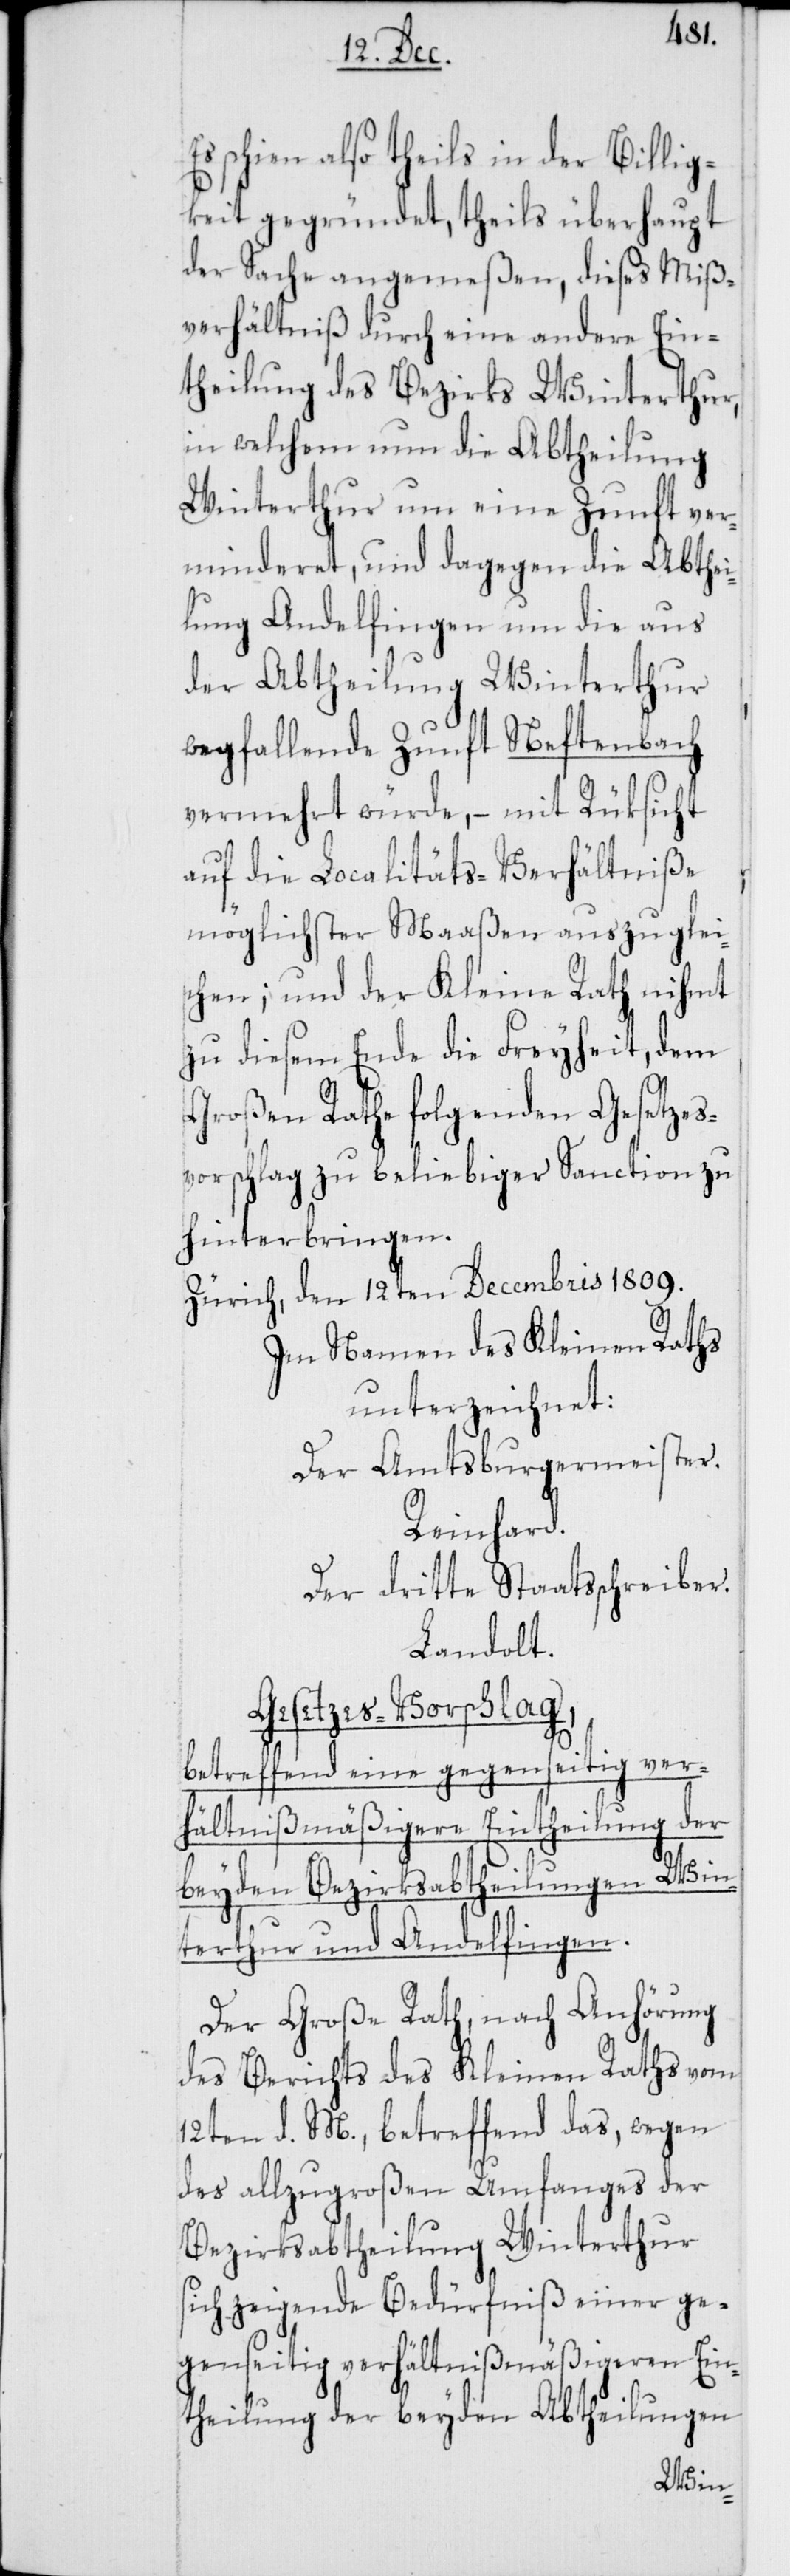
Es schien also theils in der Billig¬
keit gegründet, theils überhaupt
der Sache angemeßen, dieses Miß¬
verhältniß durch eine andere Ein¬
theilung des Bezirks Winterthur,
in welchem nun die Abtheilung
Winterthur um eine Zunft ver¬
minderet, und dagegen die Abthei¬
lung Andelfingen um die aus
der Abtheilung Winterthur
wegfallende Zunft Neftenbach
vermehrt würde, – mit Rüksicht
auf die Localitäts-Verhältniße
möglichster Maaßen auszuglei¬
chen; und der Kleine Rath nihmt
zu diesem Ende die Freyheit, dem
Großen Rathe folgenden Gesetzes¬
vorschlag zu beliebiger Sanction zu
hinterbringen.
Zürich, den 12ten Decembris 1809.
Im Namen des Kleinen Raths
unterzeichnet:
Der Amtsburgermeister.
Reinhard.
Der dritte Staatsschreiber.
Landolt.
Gesetzes-Vorschlag,
betreffend eine gegenseitig ver¬
hältnißmäßigere Eintheilung der
beyden Bezirksabtheilungen Win¬
terthur und Andelfingen.
Der Große Rath, nach Anhörung
des Berichts des Kleinen Raths vom
12ten d. M., betreffend das, wegen
des allzugroßen Umfanges der
Bezirksabtheilung Winterthur
sich zeigende Bedürfniß einer ge¬
genseitig verhältnißmäßigeren Ein¬
theilung der beyden Abtheilungen